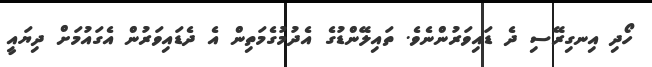
ހޯދި އިނގިރޭސި ދެ ޑައިވަރުންނެވެ. ތައިލޭންޑުގެ އެދުމުގެމަތިން އެ ދެޑައިވަރުން އެގައުމަށް ދިޔައީ